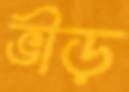
ভীড়